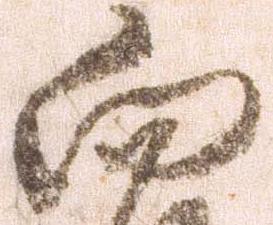
向